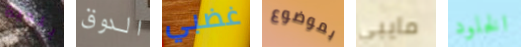
بلدية الدوق غضبي بموضوع مايبي الخلود